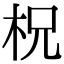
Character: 柷